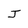
Character: J